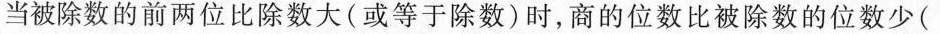
当被除数的前两位比除数大（或等于除数）时，商的位数比被除数的位数少（）位。